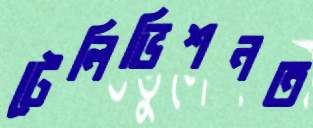
টেলিভিশনত